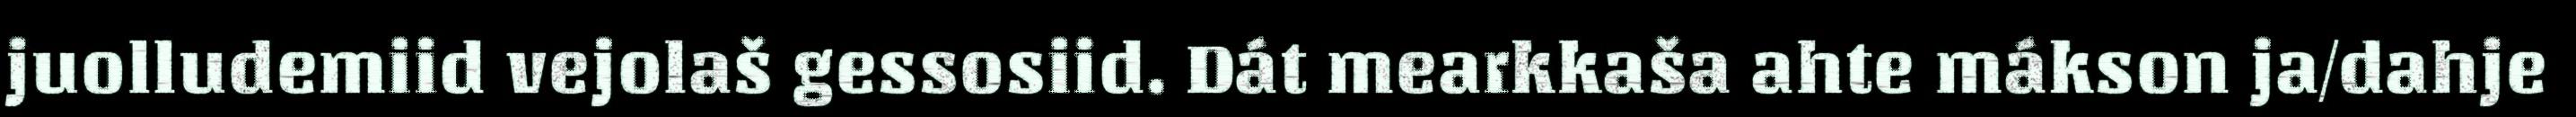
juolludemiid vejolaš gessosiid. Dát mearkkaša ahte mákson ja/dahje